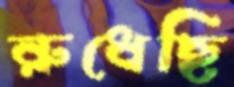
রুধেছি